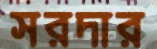
সরদার